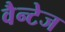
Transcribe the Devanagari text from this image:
वैन्टेज